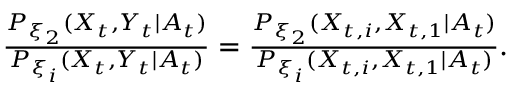
\begin{array} { r } { \frac { P _ { \xi _ { 2 } } ( \boldsymbol { X } _ { t } , Y _ { t } \mid A _ { t } ) } { P _ { \xi _ { i } } ( \boldsymbol { X } _ { t } , Y _ { t } \mid A _ { t } ) } = \frac { P _ { \xi _ { 2 } } ( X _ { t , i } , X _ { t , 1 } \mid A _ { t } ) } { P _ { \xi _ { i } } ( X _ { t , i } , X _ { t , 1 } \mid A _ { t } ) } . } \end{array}